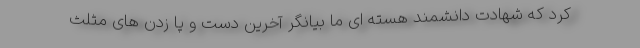
کرد که شهادت دانشمند هسته ای ما بیانگر آخرین دست و پا زدن های مثلث